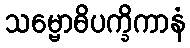
သမ္ဗောဓိပက္ခိကာနံ